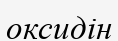
оксидін